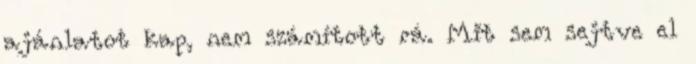
ajánlatot kap, nem számított rá. Mit sem sejtve el